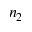
n _ { 2 }